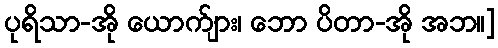
ပုရိသာ-အို ယောက်ျား၊ ဘော ပိတာ-အို အဘ။]